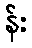
န်း